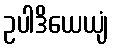
ဥပါဒိယေယျံ